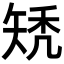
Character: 𥏐